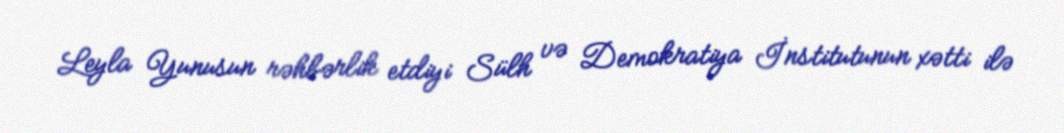
Leyla Yunusun rəhbərlik etdiyi Sülh və Demokratiya İnstitutunun xətti ilə